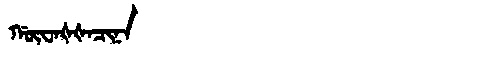
Manchu: ᡤᡡᠸᠠᡧᡧᠠᠴᡳᠨᠠ
Romanization: GŪWAŠŠACINA